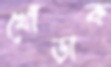
খোঁড়াক